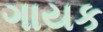
ગાયક